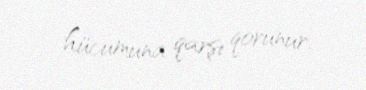
hücumuna qarşı qorunur.